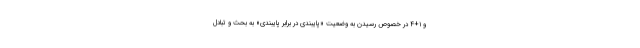
و ۱+۴ در خصوص رسیدن به وضعیت «پایبندی در برابر پایبندی» به بحث و تبادل